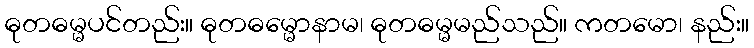
ဓုတဓမ္မပင်တည်း။ ဓုတဓမ္မောနာမ၊ ဓုတဓမ္မမည်သည်။ ကတမော၊ နည်း။